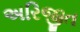
અરિજીત